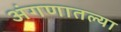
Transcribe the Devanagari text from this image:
अंगणातल्या